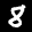
Label: 8